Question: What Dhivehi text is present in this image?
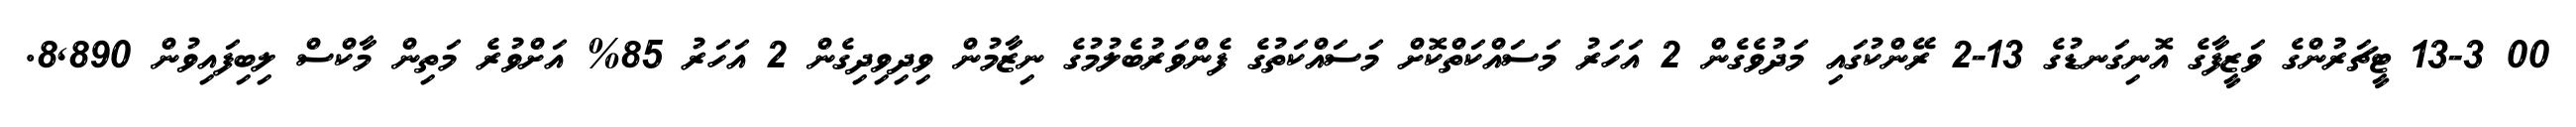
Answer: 00 13-3 ޓީޗަރުންގެ ވަޒީފާގެ އޮނިގަނޑުގެ 13-2 ރޭންކުގައި މަދުވެގެން 2 އަހަރު މަސައްކަތްކޮށް މަސައްކަތުގެ ފެންވަރުބެލުމުގެ ނިޒާމުން ވިދިވިދިގެން 2 އަހަރު 85% އަށްވުރެ މަތިން މާކްސް ލިބިފައިވުން 8,890.